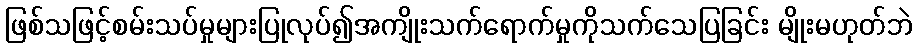
ဖြစ်သဖြင့်စမ်းသပ်မှုများပြုလုပ်၍အကျိုးသက်ရောက်မှုကိုသက်သေပြခြင်း မျိုးမဟုတ်ဘဲ